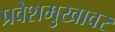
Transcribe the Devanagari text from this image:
प्रवेशमुखावर